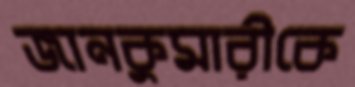
জানকুমারীকে